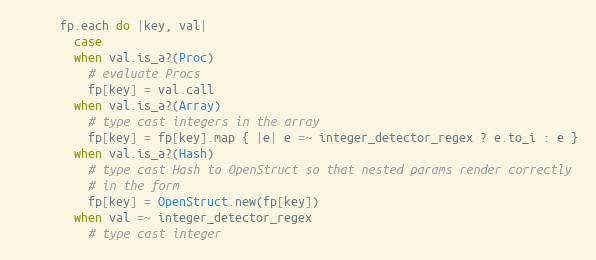
Language: Ruby
      fp.each do |key, val|
        case
        when val.is_a?(Proc)
          # evaluate Procs
          fp[key] = val.call
        when val.is_a?(Array)
          # type cast integers in the array
          fp[key] = fp[key].map { |e| e =~ integer_detector_regex ? e.to_i : e }
        when val.is_a?(Hash)
          # type cast Hash to OpenStruct so that nested params render correctly
          # in the form
          fp[key] = OpenStruct.new(fp[key])
        when val =~ integer_detector_regex
          # type cast integer